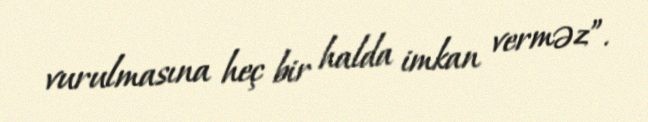
vurulmasına heç bir halda imkan verməz”.